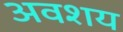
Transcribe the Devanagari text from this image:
अवशय